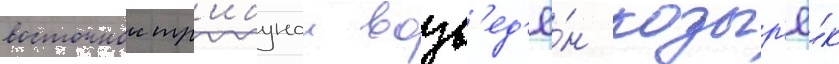
восточнои тр'ибунои возв'ед'ё́н козыр'ё́к